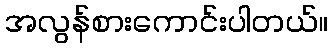
အလွန်စားကောင်းပါတယ်။